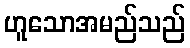
ဟူသောအမည်သည်